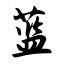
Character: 蓝